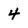
Character: 4